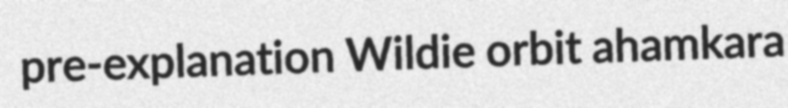
pre-explanation Wildie orbit ahamkara